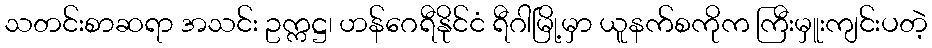
သတင်းစာဆရာ အသင်း ဥက္ကဋ္ဌ၊ ဟန်ဂေရီနိုင်ငံ ရီဂါမြို့မှာ ယူနက်စကိုက ကြီးမှူးကျင်းပတဲ့